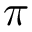
\pi